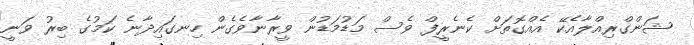
ޝަންގްރިއްލާއެކޭ އެއްގޮތަށް ކެނެރީފް ވެސް މަޑުމަޑުން ވީރާނާވެގެން ހިނގައިދާނެ ކަމުގެ ބިރު ވަނީ